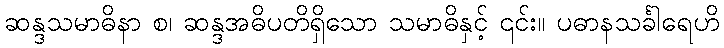
ဆန္ဒသမာဓိနာ စ၊ ဆန္ဒအဓိပတိရှိသော သမာဓိနှင့် ၎င်း။ ပဓာနသင်္ခါရေဟိ